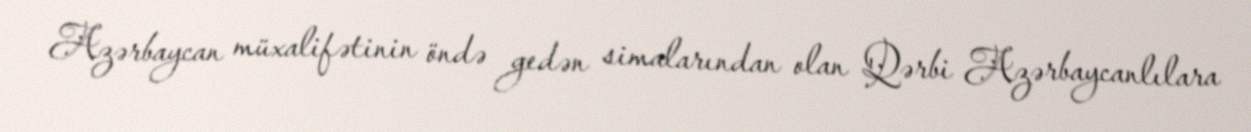
Azərbaycan müxalifətinin öndə gedən simalarından olan Qərbi Azərbaycanlılara